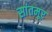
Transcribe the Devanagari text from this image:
सांतमूर